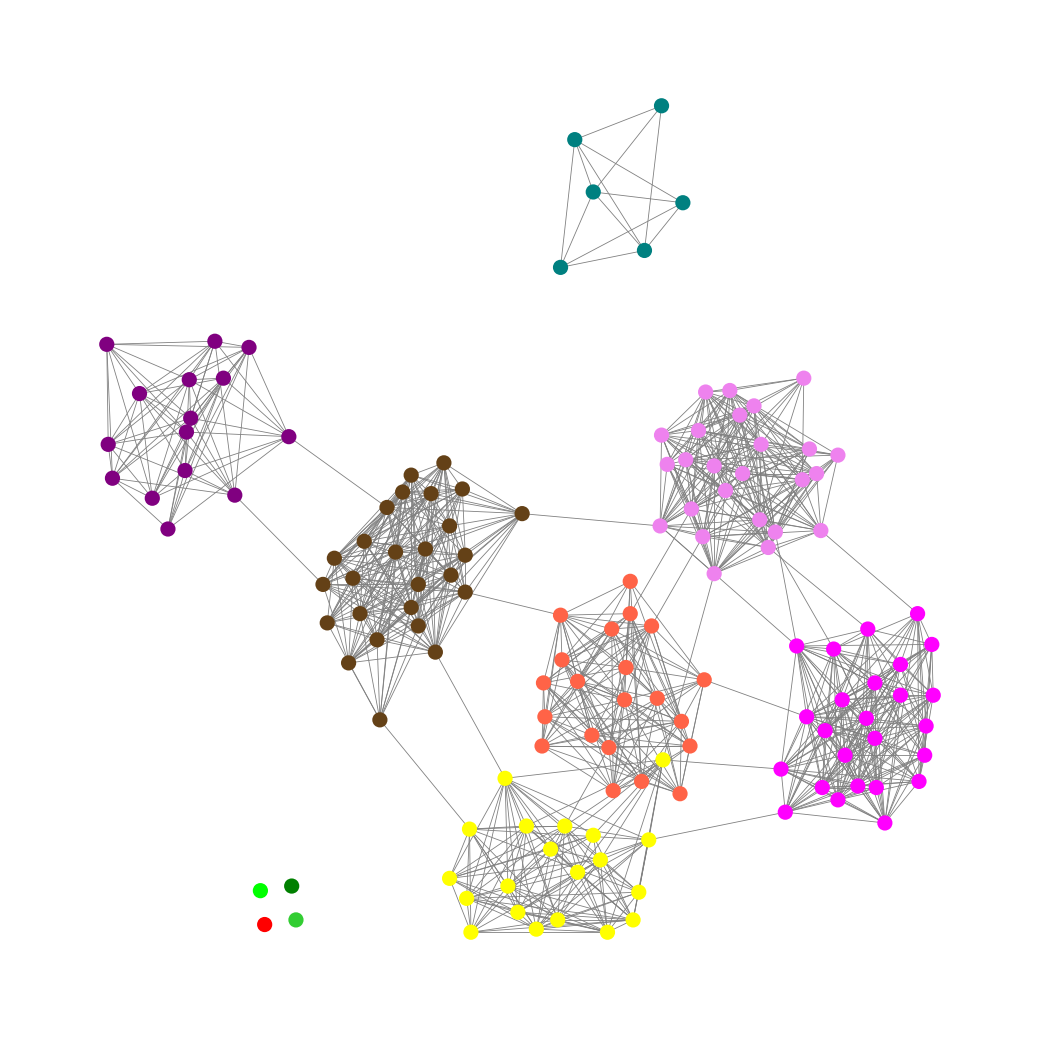
Graph connected: No
Number of connected components: 6
Number of singletons: 4
Total number of nodes: 142
Total number of edges: 1015
Number of communities: 11
Community sizes:
Fuchsia: 25
Green: 1
Lime: 1
Lime Green: 1
Pullman Brown: 26
Purple: 15
Red: 1
Teal: 6
Tomato: 21
Violet: 25
Yellow: 20
Graph layout: tda
Graph generation method: erdos_renyi